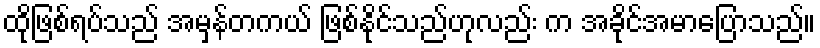
ထိုဖြစ်ရပ်သည် အမှန်တကယ် ဖြစ်နိုင်သည်ဟုလည်း က အခိုင်အမာပြောသည်။